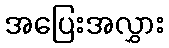
အပြေးအလွှား